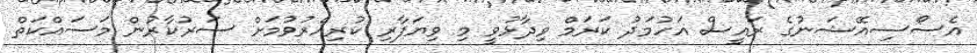
އެސޯސިއޭޝަނުގެ ރައީސް އަހުމަދު ކަރަމް ވިދާޅުވީ މި ވިޔަފާރި ކުރިއެރުވުމަށް ސަރުކާރުން މަސައްކަތް